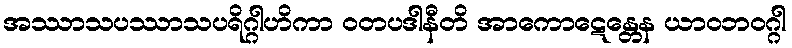
အဿာသပဿာသပရိဂ္ဂါဟိကာ ဝတပဒါနီတိ အာကောဋေန္တေန ယာဝဘဝဂ္ဂါ